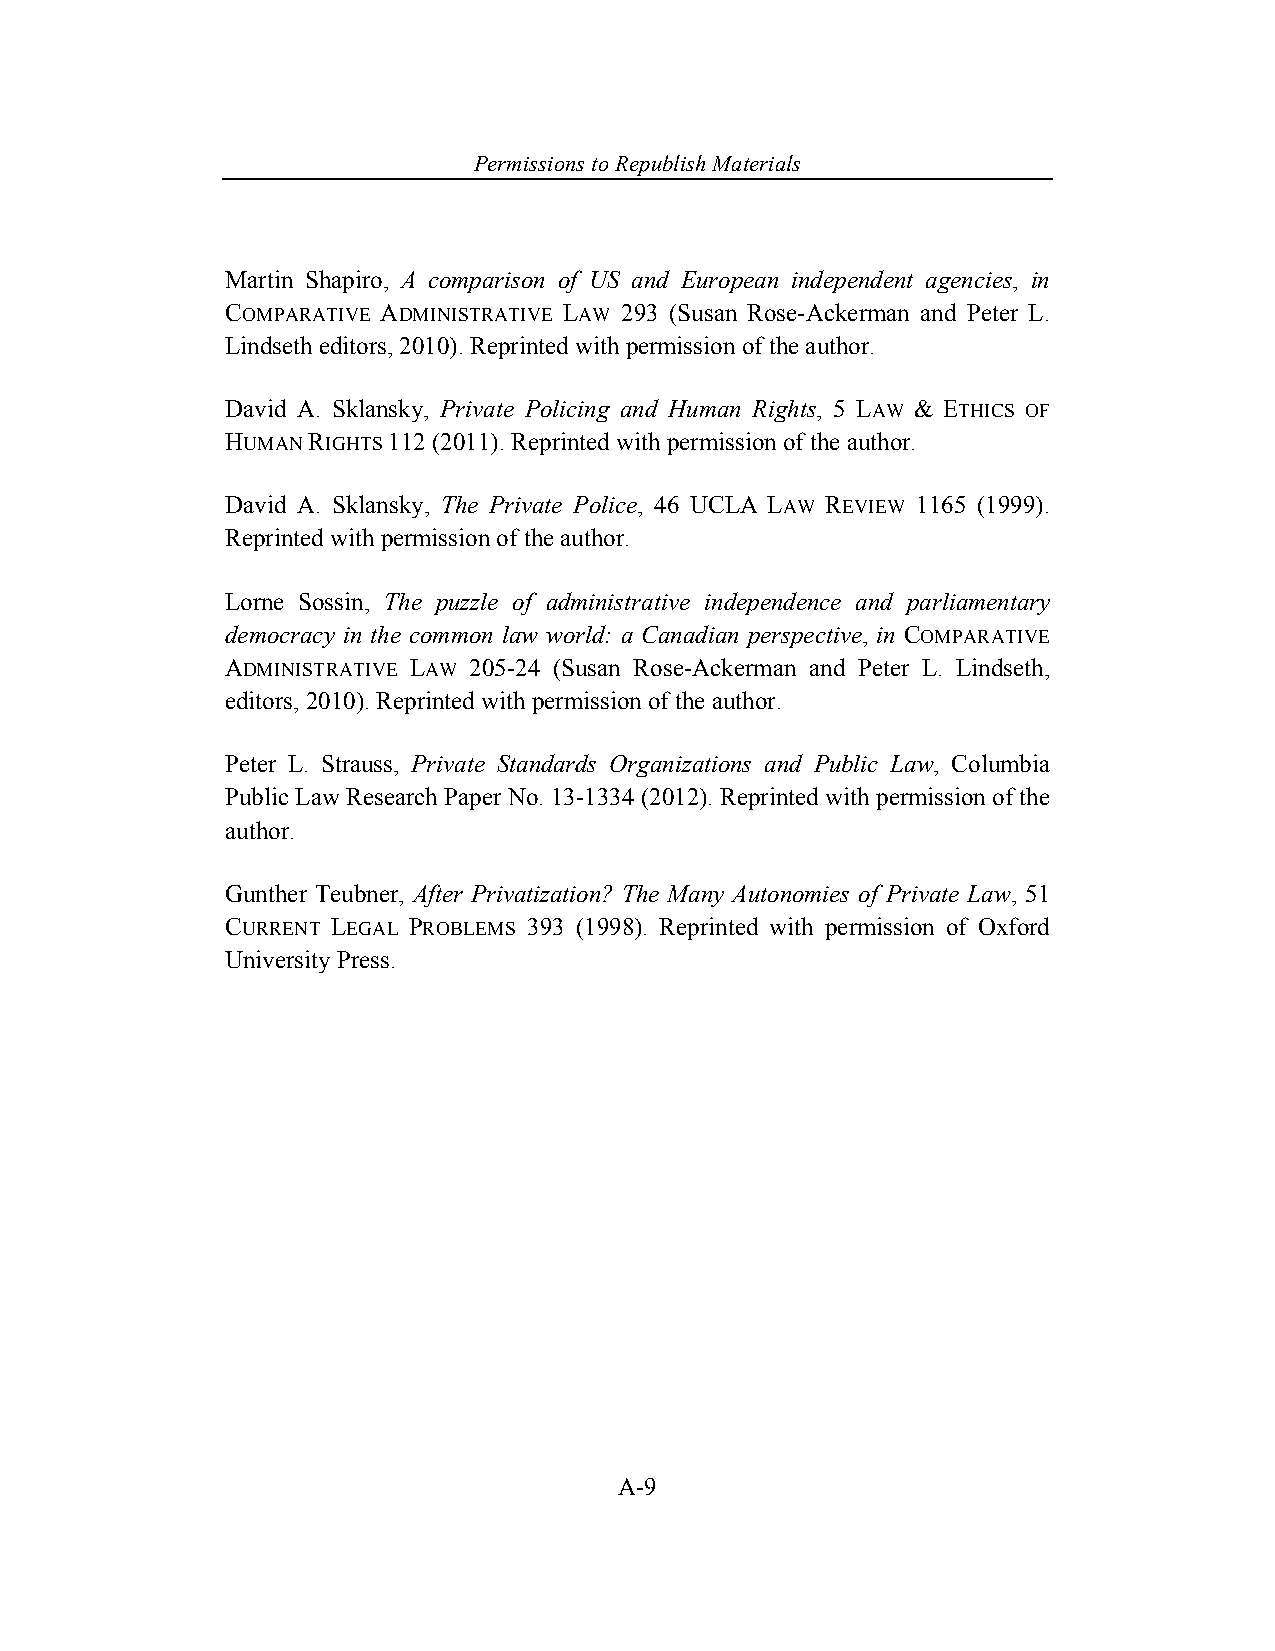
Permissions to Republish Materials
 Martin Shapiro, A comparison of US and European independent agencies, in
 COMPARATIVE ADMINISTRATIVE LAW 293 (Susan Rose-Ackerman and Peter L.
 Lindseth editors, 2010). Reprinted with permission of the author.
 David A. Sklansky, Private Policing and Human Rights, 5 LAW & ETHICS OF
 HUMAN RIGHTS 112 (2011). Reprinted with permission of the author.
 David A. Sklansky, The Private Police, 46 UCLA LAW REVIEW 1165 (1999).
 Reprinted with permission of the author.
 Lorne Sossin, The puzzle of administrative independence and parliamentary
 democracy in the common law world: a Canadian perspective, in COMPARATIVE
 ADMINISTRATIVE LAW 205-24 (Susan Rose-Ackerman and Peter L. Lindseth,
 editors, 2010). Reprinted with permission of the author.
 Peter L. Strauss, Private Standards Organizations and Public Law, Columbia
 Public Law Research Paper No. 13-1334 (2012). Reprinted with permission of the
 author.
 Gunther Teubner, After Privatization? The Many Autonomies of Private Law, 51
 CURRENT LEGAL PROBLEMS 393 (1998). Reprinted with permission of Oxford
 University Press.
 A-9